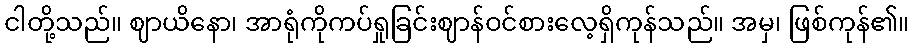
ငါတို့သည်။ ဈာယိနော၊ အာရုံကိုကပ်ရှုခြင်းဈာန်ဝင်စားလေ့ရှိကုန်သည်။ အမှ၊ ဖြစ်ကုန်၏။